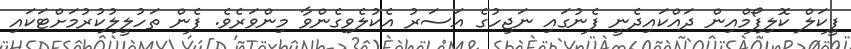
ފީކަލް ކޮލިފޯމްއިން ދައްކައިދެނީ ފެނުގައި ނަޖިހުގެ އަސަރު އެކުލެވިގެންވާ މިންވަރެވެ. ފެން ތަހުލީލުކުރުމަށްޓަކައި